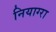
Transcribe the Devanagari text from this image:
नियाग्‍रा